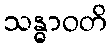
သန္ဓာဝတိ